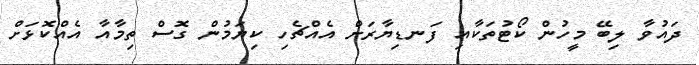
ދައުވާ ލިބޭ މީހުން ކޯޓުތަކާއި ފަނޑިޔާރަށް އެއްޗެހި ކިޔަމުން ގޮސް ތިމާއާ އެއްކޮޅަށް